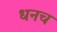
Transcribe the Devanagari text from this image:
धनच